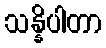
သန္နိပါတာ